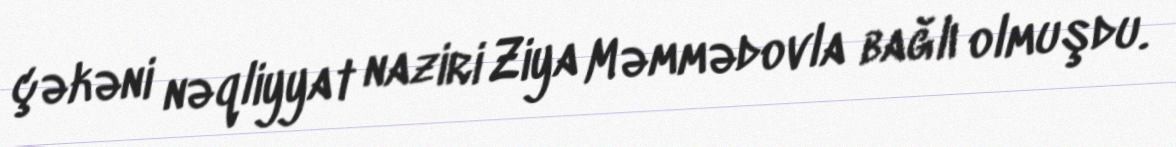
çəkəni nəqliyyat naziri Ziya Məmmədovla bağlı olmuşdu.